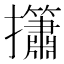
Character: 𢹱